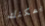
يمكنك